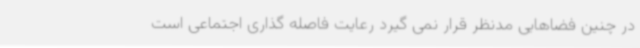
در چنین فضاهایی مدنظر قرار نمی گیرد رعایت فاصله گذاری اجتماعی است